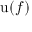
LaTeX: \operatorname { u } ( f )